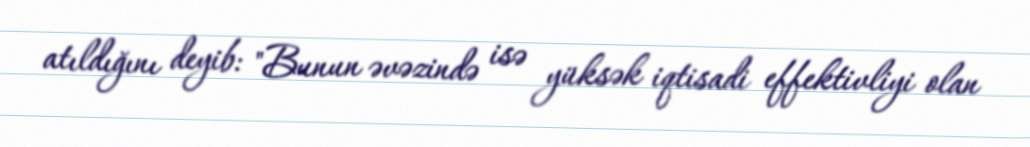
atıldığını deyib: "Bunun əvəzində isə yüksək iqtisadi effektivliyi olan